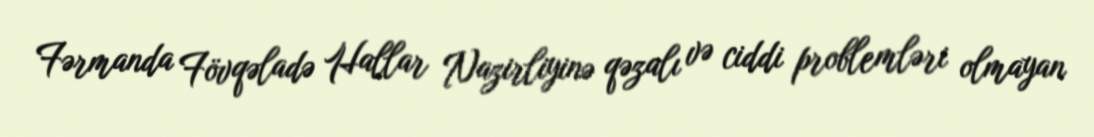
Fərmanda Fövqəladə Hallar Nazirliyinə qəzalı və ciddi problemləri olmayan